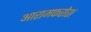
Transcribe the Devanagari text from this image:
आरामफरोश